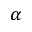
\alpha